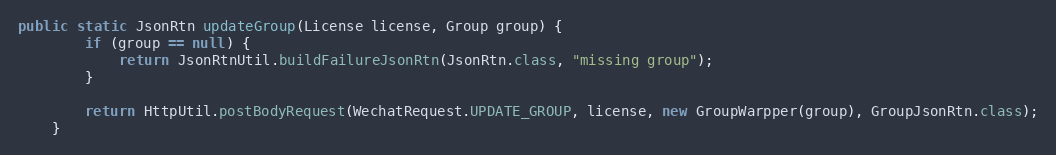
Language: Java
public static JsonRtn updateGroup(License license, Group group) {
        if (group == null) {
            return JsonRtnUtil.buildFailureJsonRtn(JsonRtn.class, "missing group");
        }

        return HttpUtil.postBodyRequest(WechatRequest.UPDATE_GROUP, license, new GroupWarpper(group), GroupJsonRtn.class);
    }